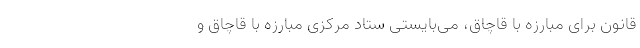
قانون برای مبارزه با قاچاق، می‌بایستی ستاد مرکزی مبارزه با قاچاق و